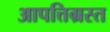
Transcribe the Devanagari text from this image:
आपत्तिग्रस्त